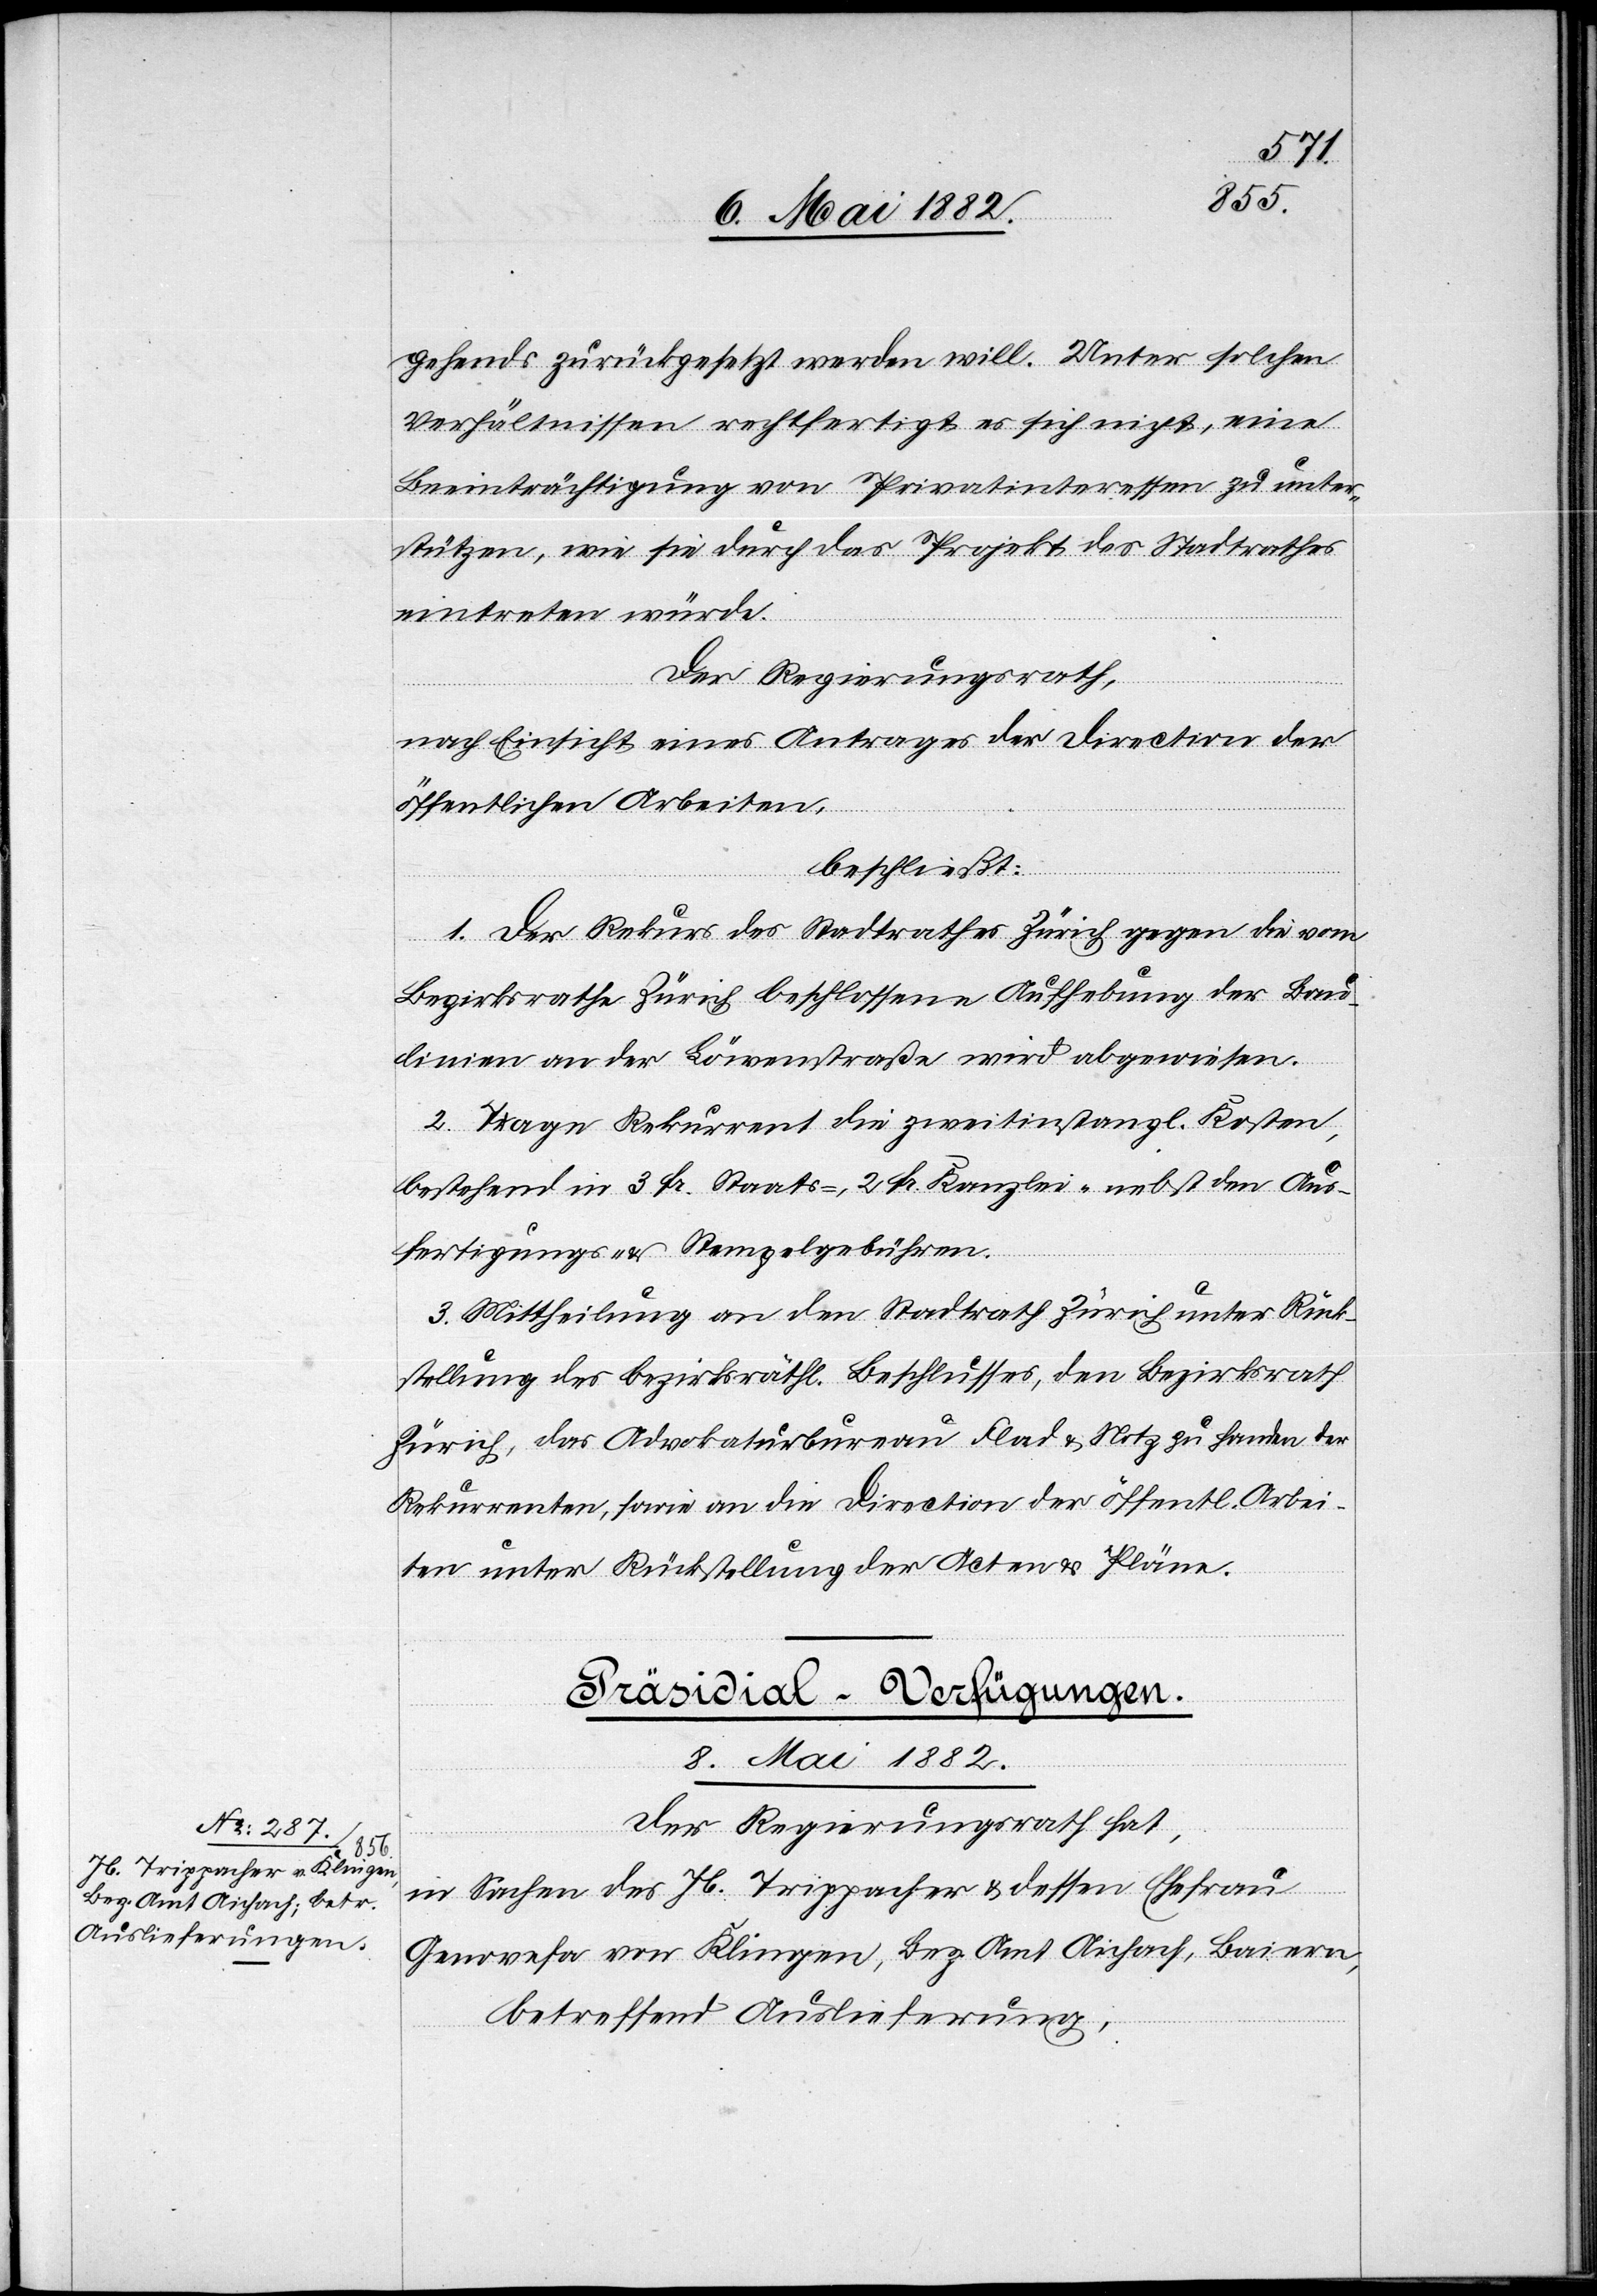
gehend zurückgesetzt werden will. Unter solchen
Verhältnissen rechtfertigt es sich nicht, eine
Beeinträchtigung von Privatinteressen zu unter¬
stützen, wie sie durch das Projekt des Stadtrathes
eintreten würde.
Der Regierungsrath,
nach Einsicht eines Antrages der Direction der
öffentlichen Arbeiten,
beschließt:
1. Der Rekurs des Stadtrathes Zürich gegen die vom
Bezirksrathe Zürich beschlossene Aufhebung der Bau¬
linien an der Löwenstraße wird abgewiesen.
2. Trage Rekurrent die zweitinstanzl. Kosten,
bestehend in 3 Fr. Staats-, 2 Fr. Kanzlei- nebst den Aus¬
fertigungs- & Stempelgebühren.
3. Mittheilung an den Stadtrath Zürich unter Rück¬
stellung des bezirksräthl. Beschlusses, an den Bezirksrath
Zürich, das Advokaturbureau Flad & Notz zu Handen der
Rekurrenten, sowie an die Direction der öffentl. Arbei¬
ten unter Rückstellung der Acten & Pläne.
Präsidial-Verfügungen.
8. Mai 1882.
Der Regierungsrath hat,
in Sachen des Jb. Trippacher & dessen Ehefrau
Genovefa von Klingen, Bez. Amt Aichach, Baiern,
betreffend Auslieferung,